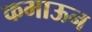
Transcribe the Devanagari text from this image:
कमाऊन